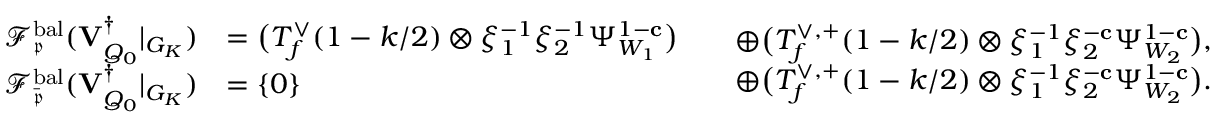
\begin{array} { r l } { \mathscr { F } _ { \mathfrak { p } } ^ { \mathrm { b a l } } ( { \mathbf { V } _ { Q _ { 0 } } ^ { \dagger } } \vert _ { G _ { K } } ) } & { = \bigl ( T _ { f } ^ { \vee } ( 1 - k / 2 ) \otimes \xi _ { 1 } ^ { - 1 } \xi _ { 2 } ^ { - 1 } \Psi _ { W _ { 1 } } ^ { 1 - \mathbf { c } } \bigr ) } \\ { \mathscr { F } _ { \bar { \mathfrak { p } } } ^ { \mathrm { b a l } } ( { \mathbf { V } _ { Q _ { 0 } } ^ { \dagger } } \vert _ { G _ { K } } ) } & { = \{ 0 \} } \end{array} \begin{array} { r l } & { \oplus \bigl ( T _ { f } ^ { \vee , + } ( 1 - k / 2 ) \otimes \xi _ { 1 } ^ { - 1 } \xi _ { 2 } ^ { - \mathbf { c } } \Psi _ { W _ { 2 } } ^ { 1 - \mathbf { c } } \bigr ) , } \\ & { \oplus \bigl ( T _ { f } ^ { \vee , + } ( 1 - k / 2 ) \otimes \xi _ { 1 } ^ { - 1 } \xi _ { 2 } ^ { - \mathbf { c } } \Psi _ { W _ { 2 } } ^ { 1 - \mathbf { c } } \bigr ) . } \end{array}